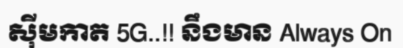
ស៊ីមកាត 5G..!! នឹងមាន Always On